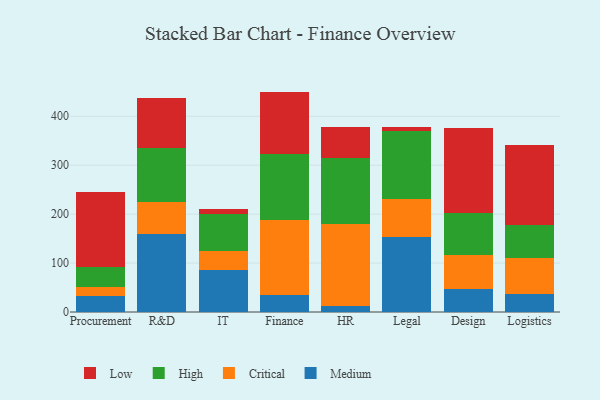
{"axis": {"x": "Department", "y": "Website Visitors"}, "legend": ["Critical", "High", "Low", "Medium"], "data": [{"x": "Procurement", "y": 33.1, "type": "Medium"}, {"x": "Procurement", "y": 18.4, "type": "Critical"}, {"x": "Procurement", "y": 41.3, "type": "High"}, {"x": "Procurement", "y": 153.1, "type": "Low"}, {"x": "R&D", "y": 158.9, "type": "Medium"}, {"x": "R&D", "y": 65.8, "type": "Critical"}, {"x": "R&D", "y": 110.1, "type": "High"}, {"x": "R&D", "y": 102.2, "type": "Low"}, {"x": "IT", "y": 86.0, "type": "Medium"}, {"x": "IT", "y": 37.8, "type": "Critical"}, {"x": "IT", "y": 77.4, "type": "High"}, {"x": "IT", "y": 9.0, "type": "Low"}, {"x": "Finance", "y": 35.2, "type": "Medium"}, {"x": "Finance", "y": 152.9, "type": "Critical"}, {"x": "Finance", "y": 135.6, "type": "High"}, {"x": "Finance", "y": 126.7, "type": "Low"}, {"x": "HR", "y": 13.0, "type": "Medium"}, {"x": "HR", "y": 166.0, "type": "Critical"}, {"x": "HR", "y": 135.8, "type": "High"}, {"x": "HR", "y": 63.3, "type": "Low"}, {"x": "Legal", "y": 153.3, "type": "Medium"}, {"x": "Legal", "y": 77.6, "type": "Critical"}, {"x": "Legal", "y": 138.4, "type": "High"}, {"x": "Legal", "y": 8.3, "type": "Low"}, {"x": "Design", "y": 47.9, "type": "Medium"}, {"x": "Design", "y": 68.5, "type": "Critical"}, {"x": "Design", "y": 86.6, "type": "High"}, {"x": "Design", "y": 173.1, "type": "Low"}, {"x": "Logistics", "y": 35.8, "type": "Medium"}, {"x": "Logistics", "y": 73.7, "type": "Critical"}, {"x": "Logistics", "y": 68.9, "type": "High"}, {"x": "Logistics", "y": 161.9, "type": "Low"}]}